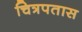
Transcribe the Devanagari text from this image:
चित्रपतास